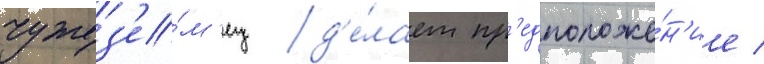
чужез'е́м'ец д'е́лает пр'едположе́н'ие /